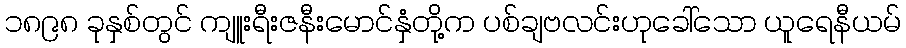
၁၈၉၈ ခုနှစ်တွင် ကျူးရီးဇနီးမောင်နှံတို့က ပစ်ချဗလင်းဟုခေါ်သော ယူရေနီယမ်